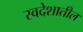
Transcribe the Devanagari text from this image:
स्वदेशातील